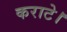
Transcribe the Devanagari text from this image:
कराटे।